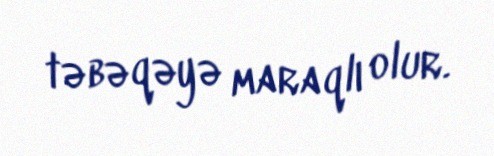
təbəqəyə maraqlı olur.